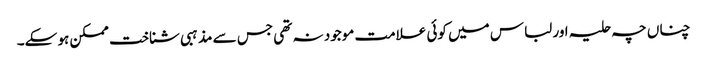
چناں چہ حلیہ اور لباس میں کوئی علامت موجود نہ تھی جس سے مذہبی شناخت ممکن ہو سکے۔